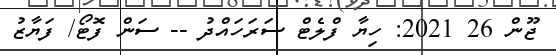
ޖޫން 26 2021: ހިޔާ ފްލެޓް ސަރަހައްދު -- ސަން ފޮޓޯ/ ފަޔާޒު